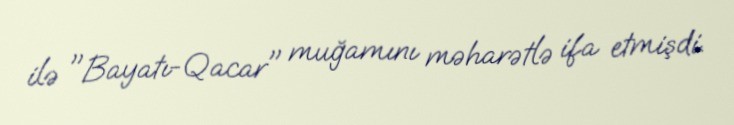
ilə "Bayatı-Qacar" muğamını məharətlə ifa etmişdi.